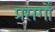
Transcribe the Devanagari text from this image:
प्रसर्गों